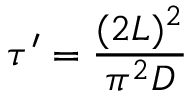
\tau ^ { \prime } = \frac { ( 2 L ) ^ { 2 } } { \pi ^ { 2 } D }